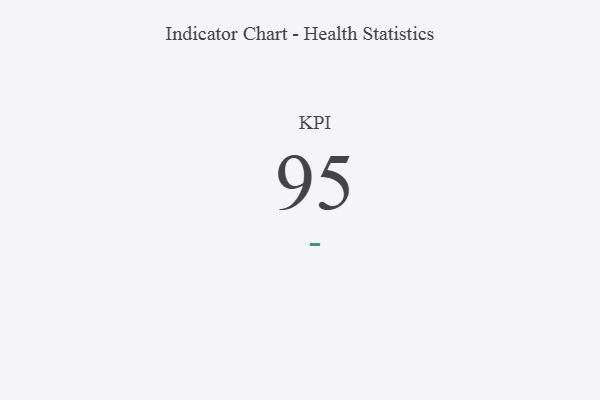
{"axis": {"x": "KPI", "y": "Value"}, "legend": [""], "data": [{"x": "KPI", "y": 95, "type": ""}]}